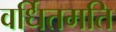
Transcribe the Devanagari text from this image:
वर्धितमति